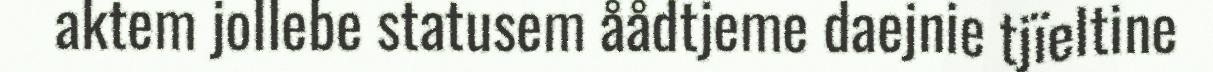
aktem jollebe statusem åådtjeme daejnie tjïeltine